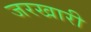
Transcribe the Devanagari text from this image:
जरखारी